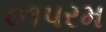
૦૧પરમ